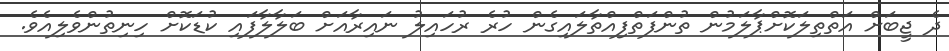
ދެ ޖީބަށް އަތްތިލަކޮށްޕާލަމުން ތުންފަތްފިއްތާލައިގެން ހުރެ ރުހައިލު ނައިރާއަށް ބަލާލާފައި ކުޑަކޮށް ހިނިތުންވެލިއެވެ.